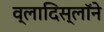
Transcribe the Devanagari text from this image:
व्लादिस्लॉने